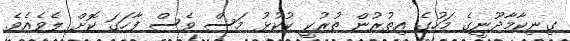
ގިނިކާމާދޫނީގެ މަހުގެ އިތުރުން ތުރުކީ ކުކުޅު މަސް ވެސް ފާހަގަ ކޮށް ލެވެއެވެ.